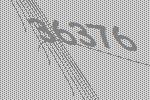
36376